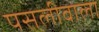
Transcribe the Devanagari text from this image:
पसलीवाला